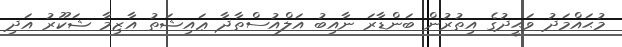
މުޙައްމަދު ވަޙީދުގެ އިތުރުން ބަންޑާރަ ނާއިބު އަލްއުސްތާޛާ ޢައިޝަތު އާޒިމާ ޝަކޫރު އަދި